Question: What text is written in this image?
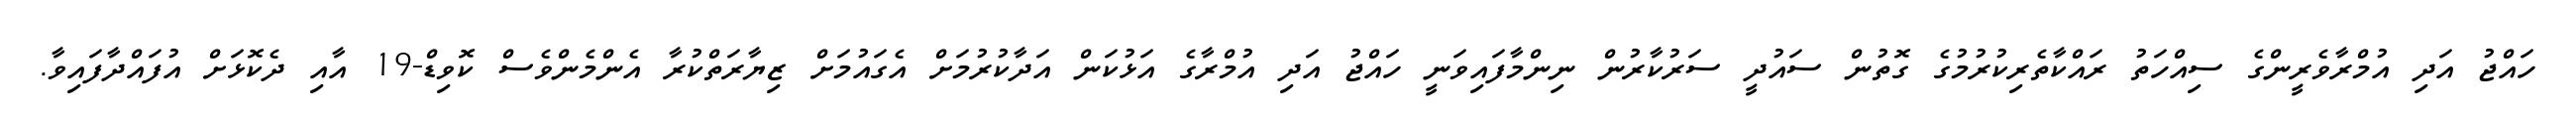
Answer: ހައްޖު އަދި އުމްރާވެރީންގެ ސިއްހަތު ރައްކާތެރިކުރުމުގެ ގޮތުން ސައުދީ ސަރުކާރުން ނިންމާފައިވަނީ ހައްޖު އަދި އުމްރާގެ އަޅުކަން އަދާކުރުމަށް އެގައުމަށް ޒިޔާރަތްކުރާ އެންމެންވެސް ކޮވިޑް-19 އާއި ދެކޮޅަށް އުފައްދާފައިވާ.